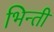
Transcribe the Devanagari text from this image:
भिन्ती